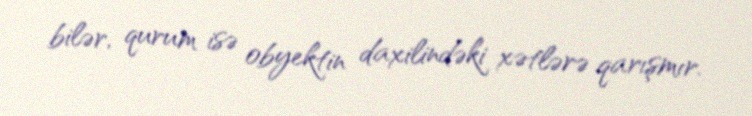
bilər, qurum isə obyektin daxilindəki xətlərə qarışmır.